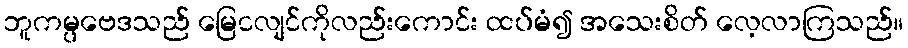
ဘူကမ္ပဗေဒသည် မြေငလျင်ကိုလည်းကောင်း ထပ်မံ၍ အသေးစိတ် လေ့လာကြသည်။